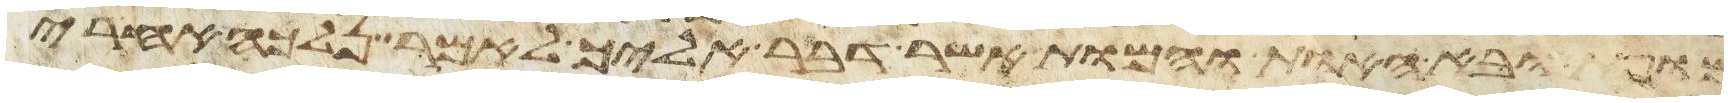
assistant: מופת ובא האות והמופת אשר דבר אליך לאמר נלכה אחרי